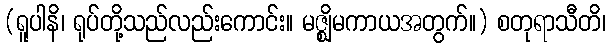
(ရူပါနိ၊ ရုပ်တို့သည်လည်းကောင်း။ မဇ္ဈိမကာယအတွက်။) စတုရာသီတိ၊